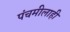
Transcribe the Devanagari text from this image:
पंचमीलाही